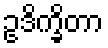
ဥဒိက္ခိတာ